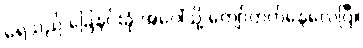
ရေသည် ခြေနင်းခုံ အပေါ်သို့ ကျော်တက်နေလေပြီ။